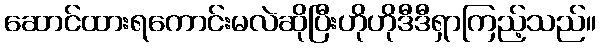
ဆောင်ထားရကောင်းမလဲဆိုပြီးဟိုဟိုဒီဒီရှာကြည့်သည်။